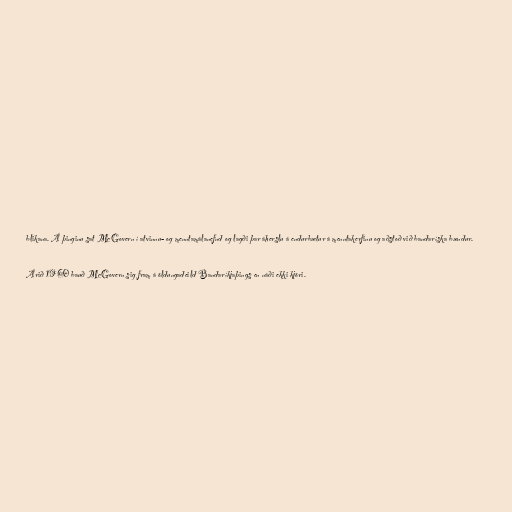
blikana. Á þinginu sat McGovern í atvinnu- og menntamálanefnd og lagði þar áherslu á endurbætur á menntakerfinu og aðstoð við bandaríska bændur.

Árið 1960 bauð McGovern sig fram á öldungadeild Bandaríkjaþings en náði ekki kjöri.